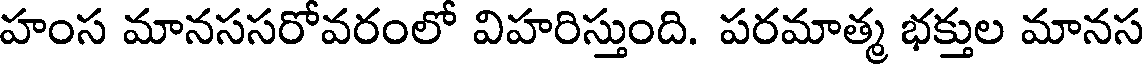
హంస మానససరోవరంలో విహరిస్తుంది. పరమాత్మ భక్తుల మానస